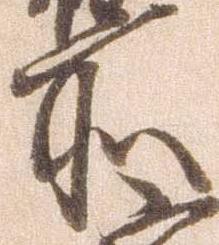
所